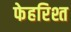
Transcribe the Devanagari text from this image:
फेहरिश्त